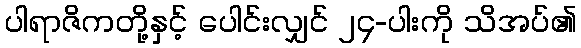
ပါရာဇိကတို့နှင့် ပေါင်းလျှင် ၂၄-ပါးကို သိအပ်၏